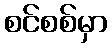
စင်စစ်မှာ